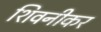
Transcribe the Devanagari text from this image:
शिवनीकर